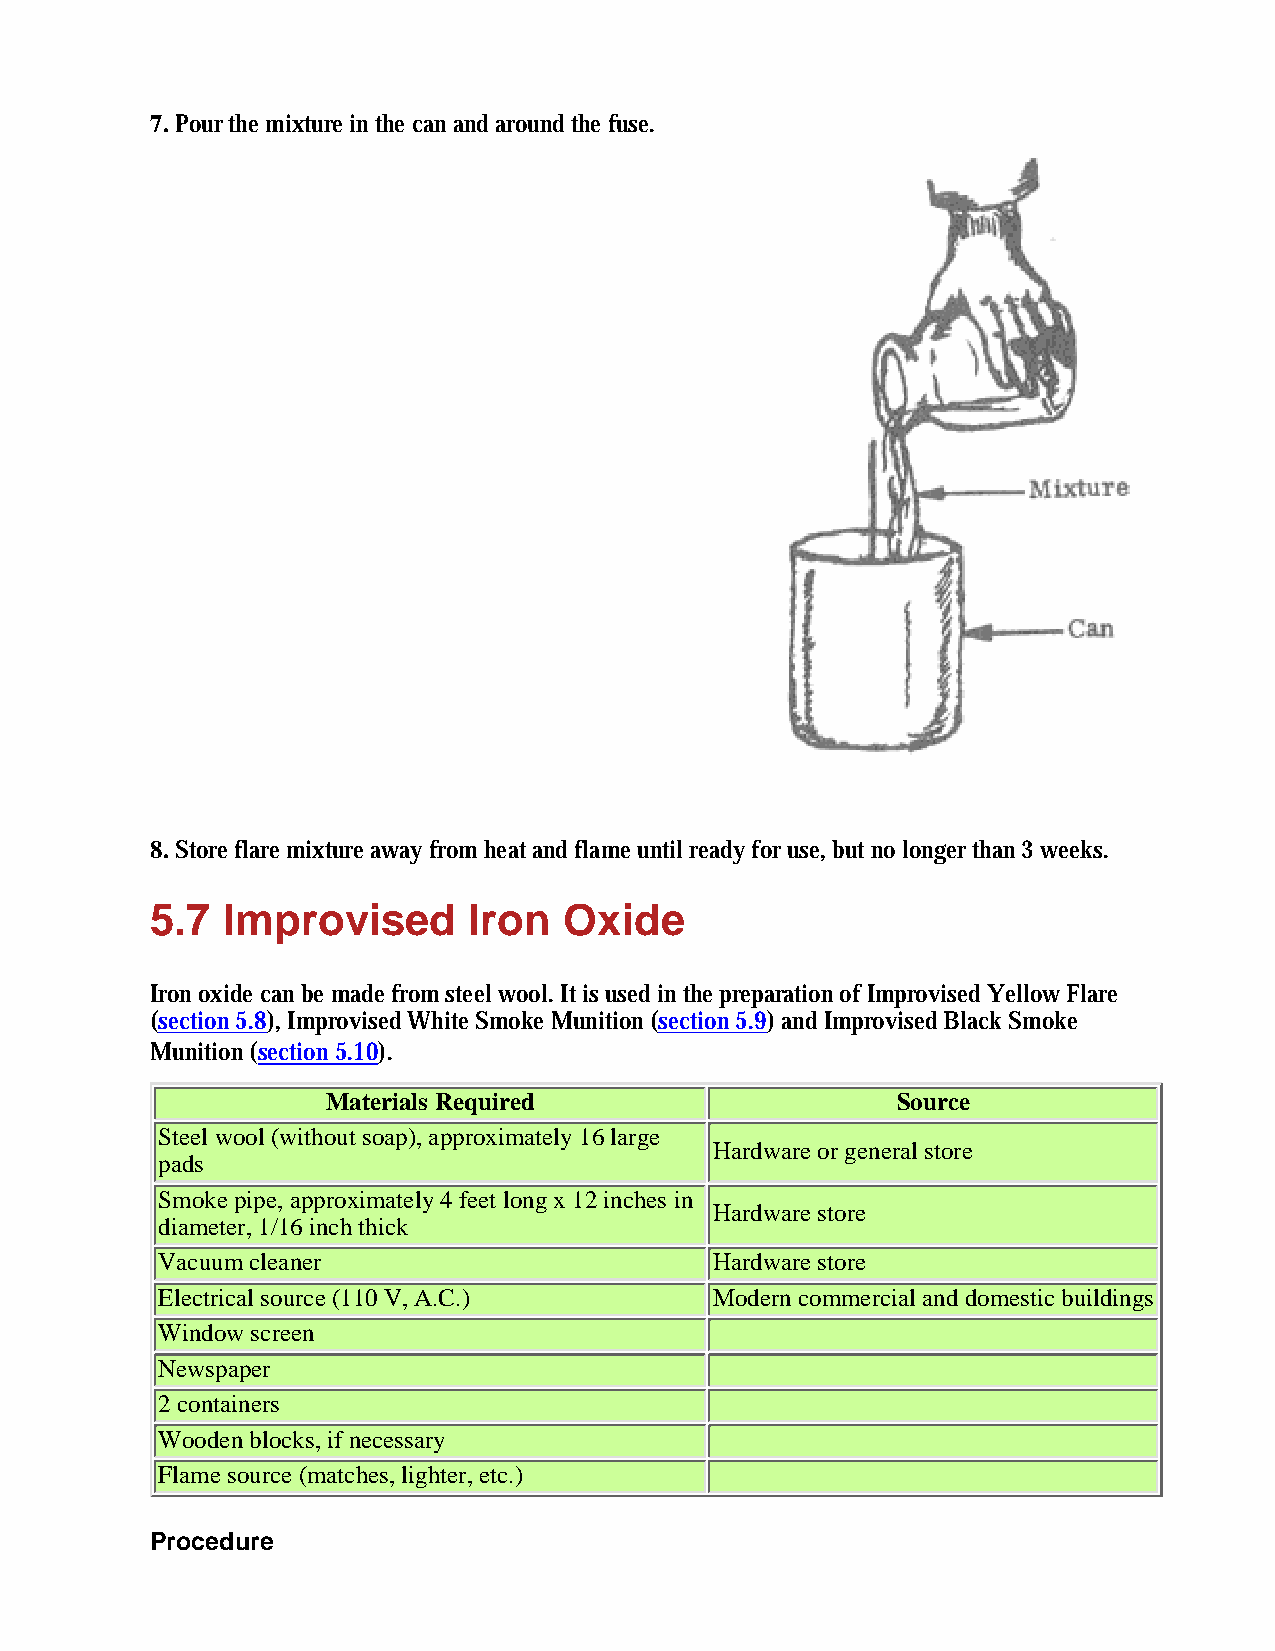
7. Pour the mixture in the can and around the fuse.
 8. Store flare mixture away from heat and flame until ready for use, but no longer than 3 weeks.
 5.7  Improvised      Iron  Oxide
 Iron oxide can be made from steel wool. It is used in the preparation of Improvised Yellow Flare
 (section 5.8), Improvised White Smoke Munition (section 5.9) and Improvised Black Smoke
 Munition (section 5.10).
 Materials Required                   Source
 Steel wool (without soap), approximately 16 large
 Hardware or general store
 pads
 Smoke pipe, approximately 4 feet long x 12 inches in
 Hardware store
 diameter, 1/16 inch thick
 Vacuum cleaner                       Hardware store
 Electrical source (110 V, A.C.)      Modern commercial and domestic buildings
 Window screen
 Newspaper
 2 containers
 Wooden blocks, if necessary
 Flame source (matches, lighter, etc.)
 Procedure